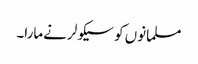
مسلمانوں کو سیکولر نےمارا۔